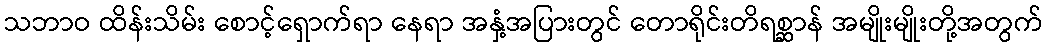
သဘာဝ ထိန်းသိမ်း စောင့်ရှောက်ရာ နေရာ အနှံ့အပြားတွင် တောရိုင်းတိရစ္ဆာန် အမျိုးမျိုးတို့အတွက်